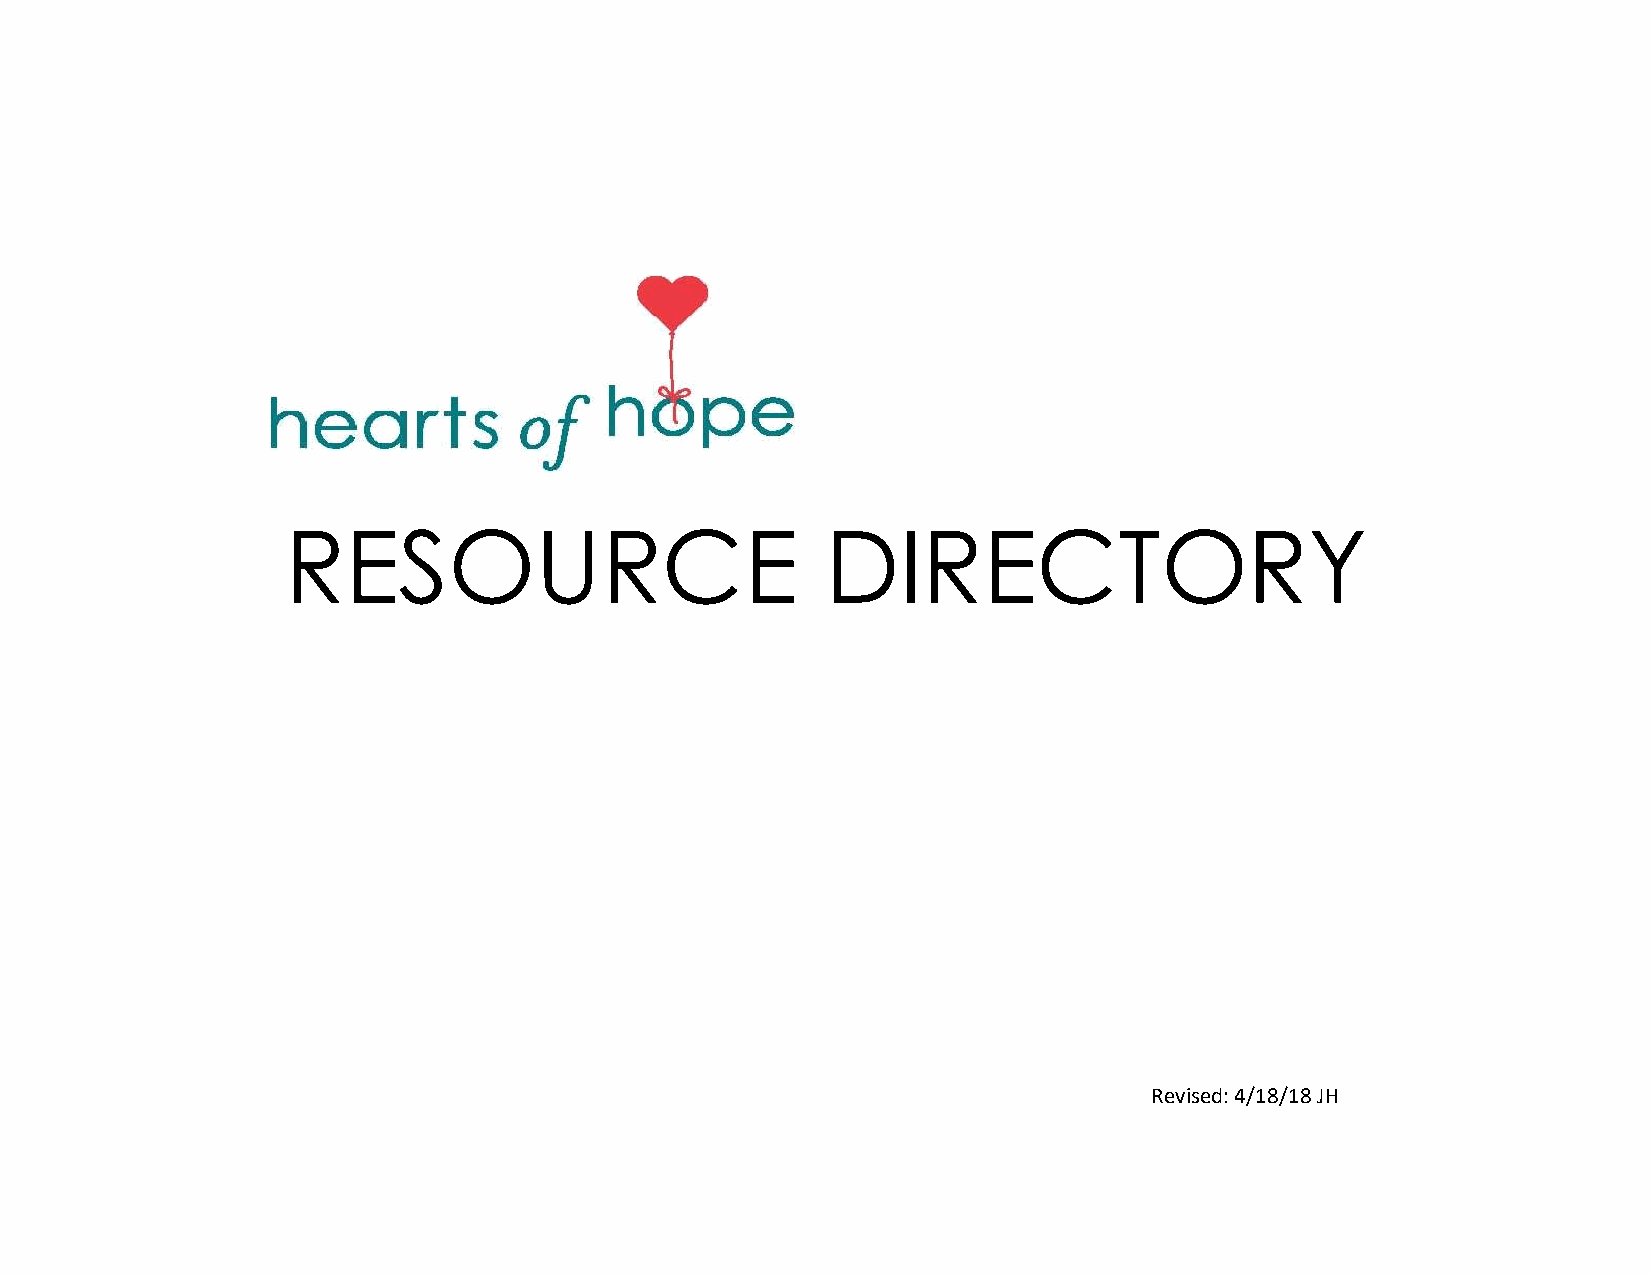
RESOURCE                            DIRECTORY
 Revised: 4/18/18 JH